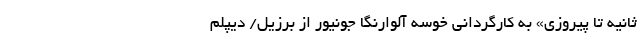
ثانیه تا پیروزی» به کارگردانی خوسه آلوارنگا جونیور از برزیل/ دیپلم